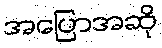
အပြောအဆို